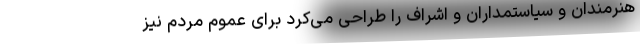
هنرمندان و سیاستمداران و اشراف را طراحی می‌کرد برای عموم مردم نیز